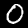
Label: 0